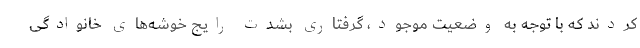
کردند که با توجه به وضعیت موجود، گرفتاری بشدت رایج خوشه‌های خانوادگی